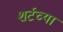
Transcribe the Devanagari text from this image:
शर्टच्या